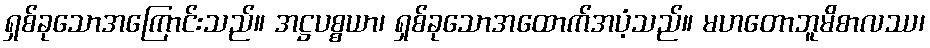
ရှစ်ခုသောအကြောင်းသည်။ အဋ္ဌပစ္စယာ၊ ရှစ်ခုသောအထောက်အပံ့သည်။ မဟတောဘူမိစာလဿ၊